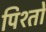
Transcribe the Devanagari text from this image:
पिश्तों